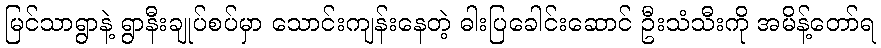
မြင်သာရွာနဲ့ ရွာနီးချုပ်စပ်မှာ သောင်းကျန်းနေတဲ့ ဓါးပြခေါင်းဆောင် ဦးသံသီးကို အမိန့်တော်ရ